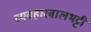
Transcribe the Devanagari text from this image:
व्यवहारबालभट्टी